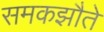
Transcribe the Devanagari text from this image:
समकझौते